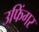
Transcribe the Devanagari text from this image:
उफिंगर